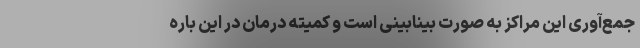
جمع‌آوری این مراکز به صورت بینابینی است و کمیته درمان در این باره